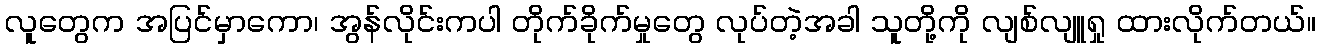
လူတွေက အပြင်မှာကော၊ အွန်လိုင်းကပါ တိုက်ခိုက်မှုတွေ လုပ်တဲ့အခါ သူတို့ကို လျစ်လျူရှု ထားလိုက်တယ်။